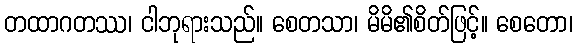
တထာဂတဿ၊ ငါဘုရားသည်။ စေတသာ၊ မိမိ၏စိတ်ဖြင့်။ စေတော၊